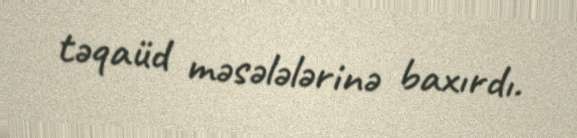
təqaüd məsələlərinə baxırdı.